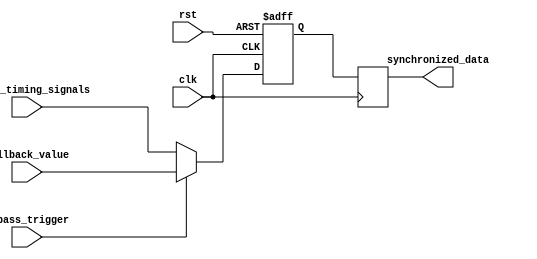
module TimingControlAndSynchronization (
    input wire clk,
    input wire rst,
    input wire bypass_trigger,
    input wire [7:0] fallback_value,
    input wire [7:0] normal_timing_signals,
    output reg [7:0] synchronized_data
);

reg [7:0] fallback_bypass_register;

always @ (posedge clk or posedge rst) begin
    if (rst) begin
        fallback_bypass_register <= 8'h00;
    end else if (bypass_trigger) begin
        fallback_bypass_register <= fallback_value;
    end else begin
        fallback_bypass_register <= normal_timing_signals;
    end
end

always @ (posedge clk) begin
    synchronized_data <= fallback_bypass_register;
end

endmodule